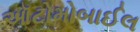
ઑટોમોબાઈલ